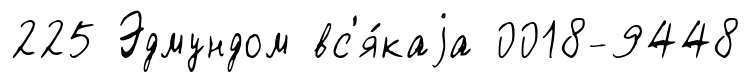
225 Эдмундом вс'я́каjа 0018-9448